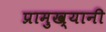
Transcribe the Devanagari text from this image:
प्रामुख्यानी